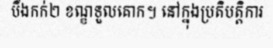
បឹងកក់២ ខណ្ឌទួលគោក។ នៅក្នុងប្រតិបត្តិការ